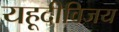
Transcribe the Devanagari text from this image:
यहूदीविजय